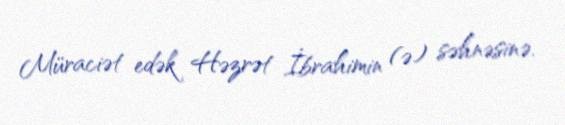
Müraciət edək Həzrət İbrahimin (ə) səhnəsinə.